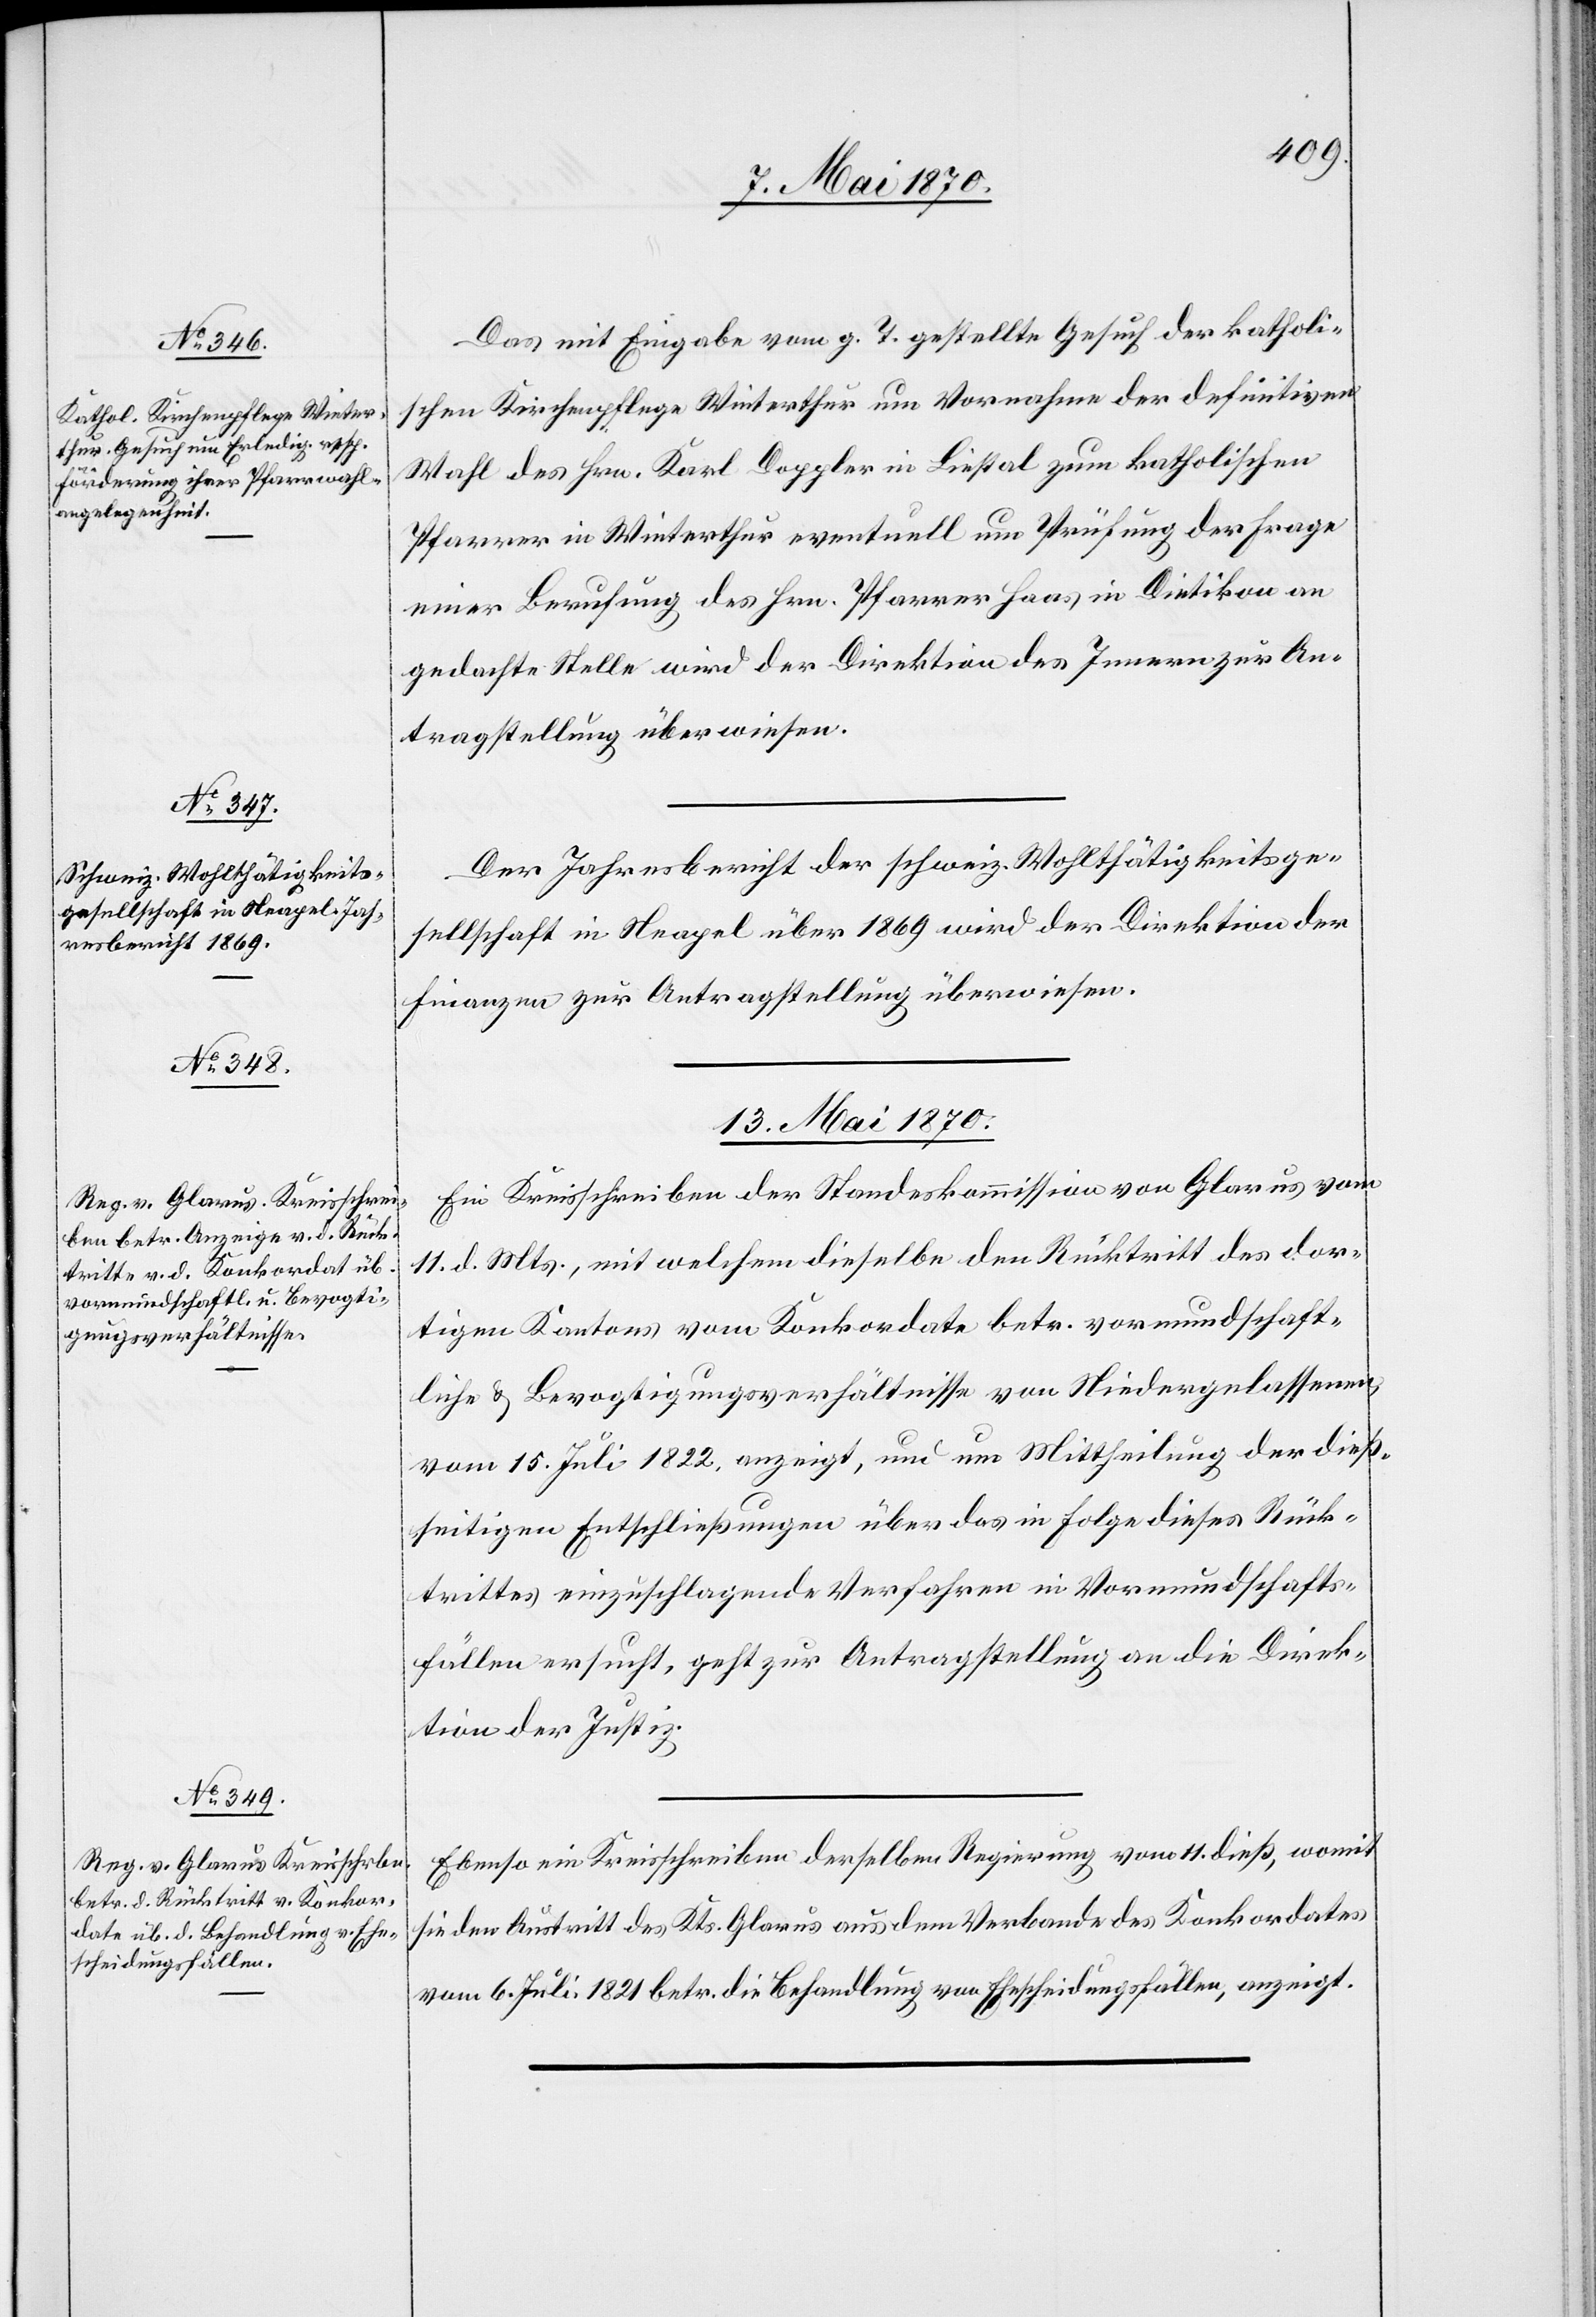
12. Mai 1870.]
Das mit Eingabe vom g. T. gestellte Gesuch der katholi¬
schen Kirchenpflege Winterthur um Vornahme der definitiven
Wahl des Hrn. Karl Doppler in Liestal zum katholischen
Pfarrer in Winterthur eventuell um Prüfung der Frage
einer Berufung des Hrn. Pfarrer Haas in Dietikon an
gedachte Stelle wird der Direktion des Innern zur An¬
tragstellung überwiesen.
Der Jahresbericht der schweiz. Wohlthätigkeitsge¬
sellschaft in Neapel über 1869 wird der Direktion der
Finanzen zur Antragstellung überwiesen.
13. Mai 1870.]
Ein Kreisschreiben der Standeskommission von Glarus vom
11. d. Mts., mit welchem dieselbe den Rücktritt des dor¬
tigen Kantons vom Konkordate betr. vormundschaft¬
liche & Bevogtigungsverhältnisse von Niedergelassenen,
vom 15. Juli 1822 anzeigt, und um Mittheilung der dieß¬
seitigen Entschließungen über das in Folge dieses Rück¬
trittes einzuschlagende Verfahren in Vormundschafts¬
fällen ersucht, geht zur Antragstellung an die Direk¬
tion der Justiz.
Ebenso ein Kreisschreiben derselben Regierung vom 11. dieß, womit
sie den Austritt des Kts. Glarus aus dem Verband des Konkordates
vom 6. Juli 1821 betr. die Behandlung von Ehescheidungsfällen, anzeigt.